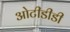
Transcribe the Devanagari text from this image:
ओटीडीडी